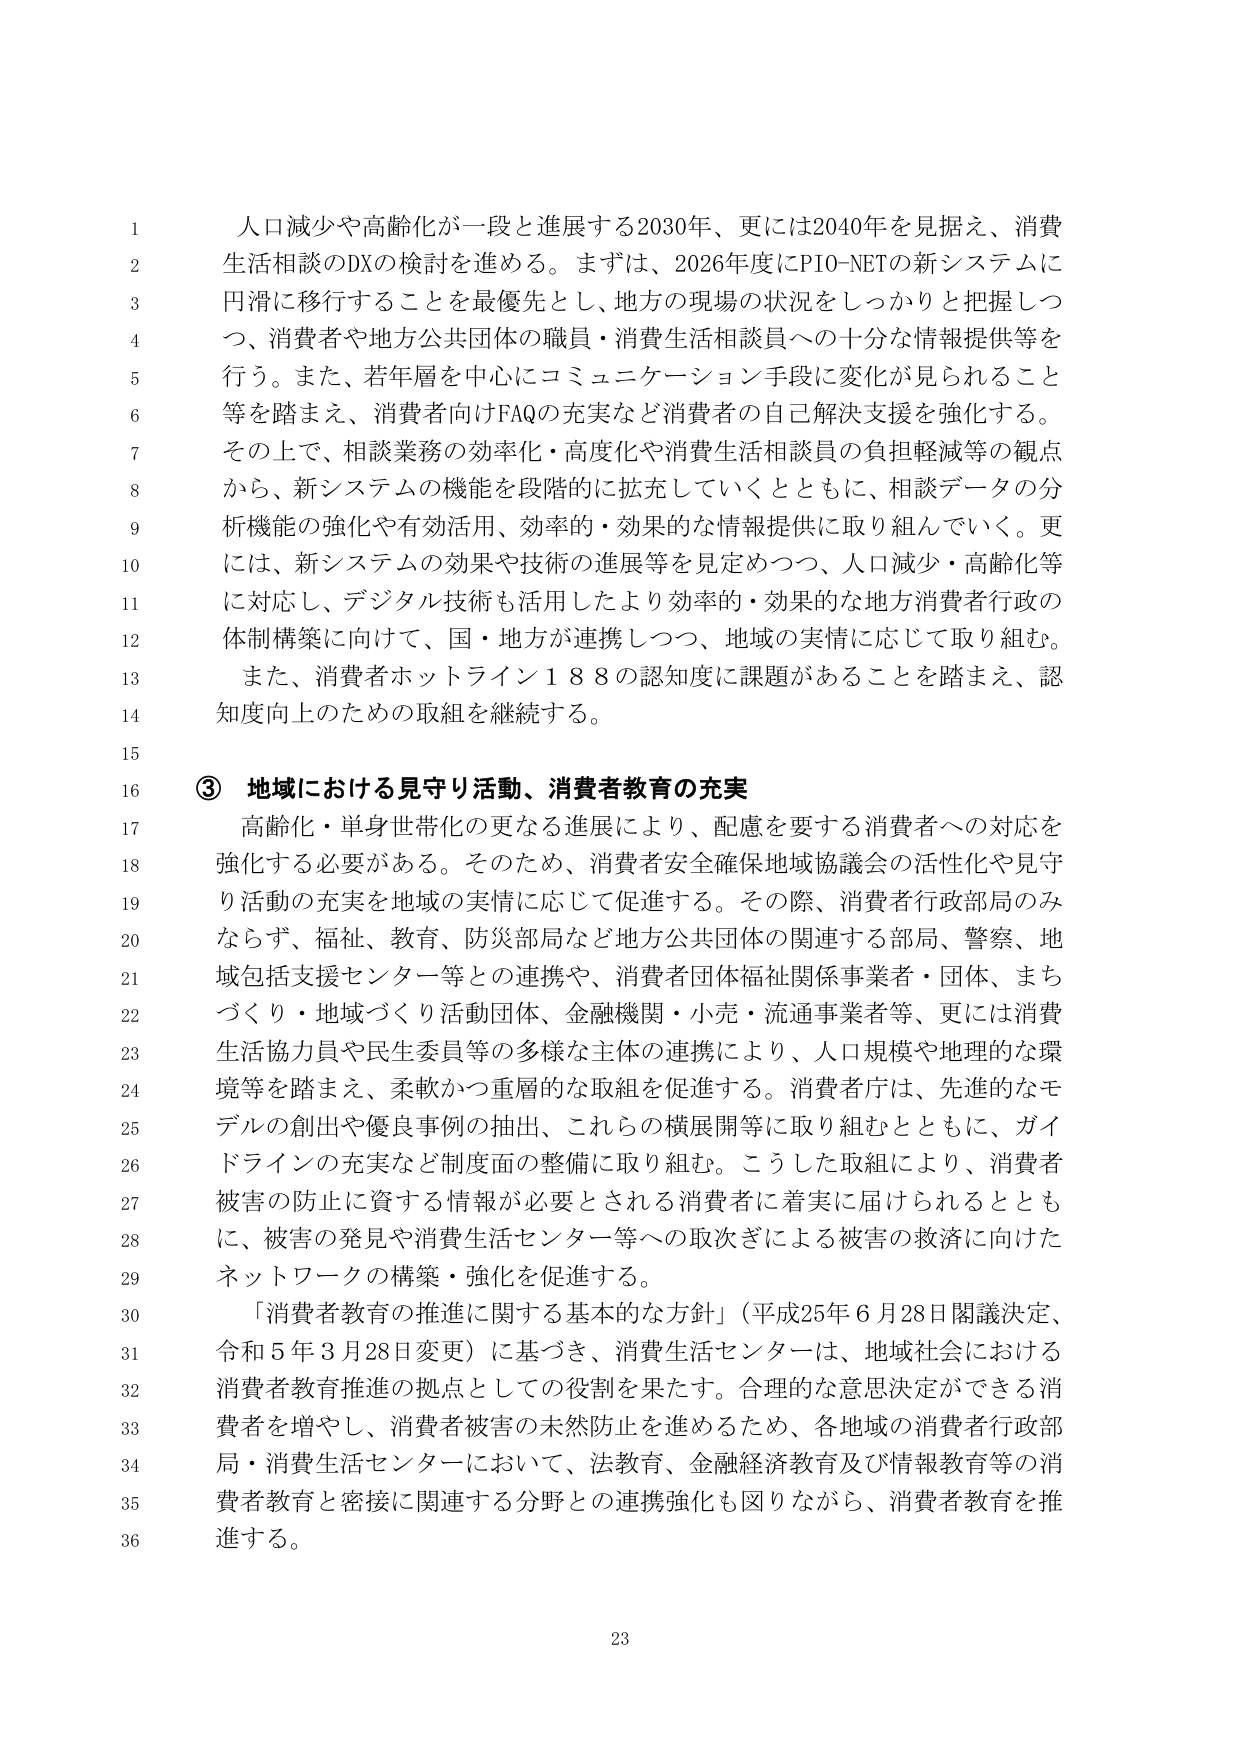
人口減少や高齢化が一段と進展する2030年、更には2040年を見据え、消費生活相談のDXの検討を進める。まずは、2026年度にPIO-NETの新システムに円滑に移行することを最優先とし、地方の現場の状況をしっかりと把握しつつ、消費者や地方公共団体の職員・消費生活相談員への十分な情報提供等を行う。また、若年層を中心にコミュニケーション手段に変化が見られること等を踏まえ、消費者向けFAQの充実など消費者の自己解決支援を強化する。その上で、相談業務の効率化・高度化や消費生活相談員の負担軽減等の観点から、新システムの機能を段階的に拡充していくとともに、相談データの分析機能の強化や有効活用、効率的・効果的な情報提供に取り組んでいく。更には、新システムの効果や技術の進展等を見定めつつ、人口減少・高齢化等に対応し、デジタル技術も活用したより効率的・効果的な地方消費者行政の体制構築に向けて、国・地方が連携しつつ、地域の実情に応じて取り組む。また、消費者ホットライン188の認知度に課題があることを踏まえ、認知度向上のための取組を継続する。

③ 地域における見守り活動、消費者教育の充実

高齢化・単身世帯化の更なる進展により、配慮を要する消費者への対応を強化する必要がある。そのため、消費者安全確保地域協議会の活性化や見守り活動の充実を地域の実情に応じて促進する。その際、消費者行政部局のみならず、福祉、教育、防災部局など地方公共団体の関連する部局、警察、地域包括支援センター等との連携や、消費者団体福祉関係事業者・団体、まちづくり・地域づくり活動団体、金融機関・小売・流通事業者等、更には消費生活協力員や民生委員等の多様な主体の連携により、人口規模や地理的な環境等を踏まえ、柔軟かつ重層的な取組を促進する。消費者庁は、先進的なモデルの創出や優良事例の抽出、これらの横展開等に取り組むとともに、ガイドラインの充実など制度面の整備に取り組む。こうした取組により、消費者被害の防止に資する情報が必要とされる消費者に着実に届けられるとともに、被害の発見や消費生活センター等への取次ぎによる被害の救済に向けたネットワークの構築・強化を促進する。

「消費者教育の推進に関する基本的な方針」（平成25年6月28日閣議決定、令和5年3月28日変更）に基づき、消費生活センターは、地域社会における消費者教育推進の拠点としての役割を果たす。合理的な意思決定ができる消費者を増やし、消費者被害の未然防止を進めるため、各地域の消費者行政部局・消費生活センターにおいて、法教育、金融経済教育及び情報教育等の消費者教育と密接に関連する分野との連携強化も図りながら、消費者教育を推進する。

23